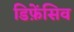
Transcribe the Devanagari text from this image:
डिफ़ेंसिव